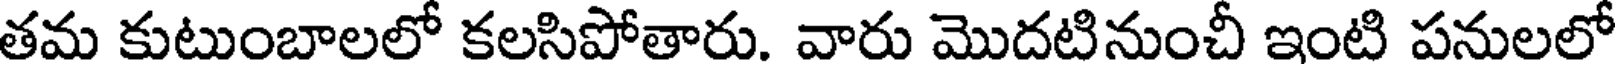
తమ కుటుంబాలలో కలసిపోతారు. వారు మొదటినుంచీ ఇంటి పనులలో